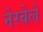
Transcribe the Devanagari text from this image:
नेरवेले